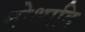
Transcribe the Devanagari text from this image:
मोक्षादि